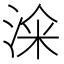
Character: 𣷦